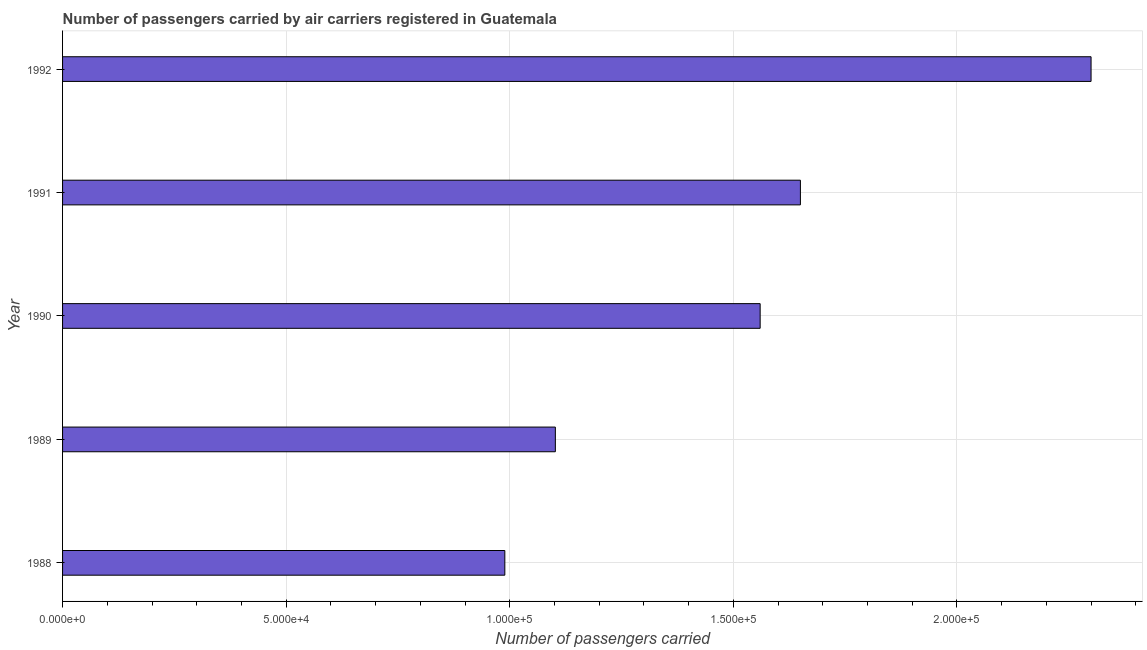
| Year | Air transport |
 | --- | --- |
 | 1988 | 9.89e+04 |
 | 1989 | 1.1e+05 |
 | 1990 | 1.56e+05 |
 | 1991 | 1.65e+05 |
 | 1992 | 2.3e+05 |